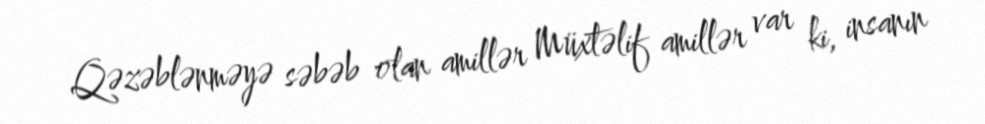
Qəzəblənməyə səbəb olan amillər Müxtəlif amillər var ki, insanın